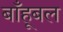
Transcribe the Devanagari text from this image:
बाँहूबल